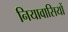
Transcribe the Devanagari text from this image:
नियावासियों